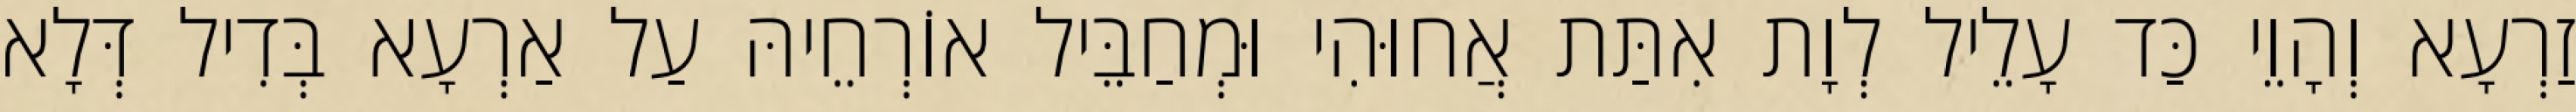
זַרְעָא וְהָוֵי כַּד עָלֵיל לְוָת אִתַּת אֲחוּהִי וּמְחַבֵּיל אוֹרְחֵיהּ עַל אַרְעָא בְּדִיל דְּלָא